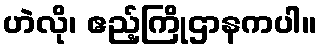
ဟဲလို၊ ဧည့်ကြိုဌာနကပါ။